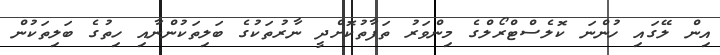
އިން ލޭގައި ހުންނަ ކޮލެސްޓްރޯލްގެ މިންވަރު ތަފާތުކޮށްދީ ނާރުތަކުގެ ބަލިތަކުންނާއި ހިތުގެ ބަލިތަކުން